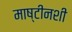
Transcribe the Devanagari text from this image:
माष्टीनशी